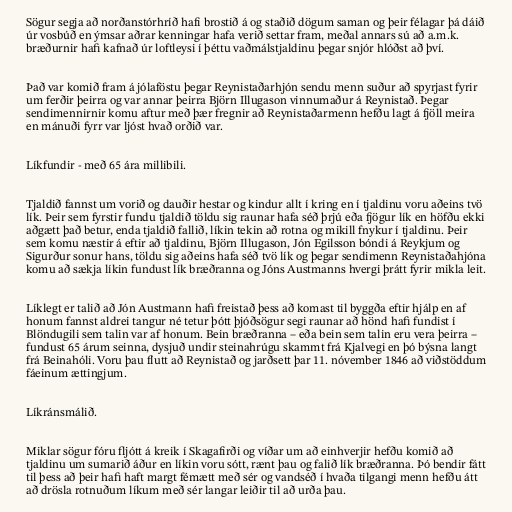
Sögur segja að norðanstórhríð hafi brostið á og staðið dögum saman og þeir félagar þá dáið
úr vosbúð en ýmsar aðrar kenningar hafa verið settar fram, meðal annars sú að a.m.k.
bræðurnir hafi kafnað úr loftleysi í þéttu vaðmálstjaldinu þegar snjór hlóðst að því.

Það var komið fram á jólaföstu þegar Reynistaðarhjón sendu menn suður að spyrjast fyrir
um ferðir þeirra og var annar þeirra Björn Illugason vinnumaður á Reynistað. Þegar
sendimennirnir komu aftur með þær fregnir að Reynistaðarmenn hefðu lagt á fjöll meira
en mánuði fyrr var ljóst hvað orðið var.

Líkfundir - með 65 ára millibili.

Tjaldið fannst um vorið og dauðir hestar og kindur allt í kring en í tjaldinu voru aðeins tvö
lík. Þeir sem fyrstir fundu tjaldið töldu sig raunar hafa séð þrjú eða fjögur lík en höfðu ekki
aðgætt það betur, enda tjaldið fallið, líkin tekin að rotna og mikill fnykur í tjaldinu. Þeir
sem komu næstir á eftir að tjaldinu, Björn Illugason, Jón Egilsson bóndi á Reykjum og
Sigurður sonur hans, töldu sig aðeins hafa séð tvö lík og þegar sendimenn Reynistaðahjóna
komu að sækja líkin fundust lík bræðranna og Jóns Austmanns hvergi þrátt fyrir mikla leit.

Líklegt er talið að Jón Austmann hafi freistað þess að komast til byggða eftir hjálp en af
honum fannst aldrei tangur né tetur þótt þjóðsögur segi raunar að hönd hafi fundist í
Blöndugili sem talin var af honum. Bein bræðranna – eða bein sem talin eru vera þeirra –
fundust 65 árum seinna, dysjuð undir steinahrúgu skammt frá Kjalvegi en þó býsna langt
frá Beinahóli. Voru þau flutt að Reynistað og jarðsett þar 11. nóvember 1846 að viðstöddum
fáeinum ættingjum.

Líkránsmálið.

Miklar sögur fóru fljótt á kreik í Skagafirði og víðar um að einhverjir hefðu komið að
tjaldinu um sumarið áður en líkin voru sótt, rænt þau og falið lík bræðranna. Þó bendir fátt
til þess að þeir hafi haft margt fémætt með sér og vandséð í hvaða tilgangi menn hefðu átt
að drösla rotnuðum líkum með sér langar leiðir til að urða þau.